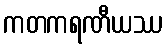
ကတကရဏီယဿ